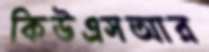
কিউএসআর